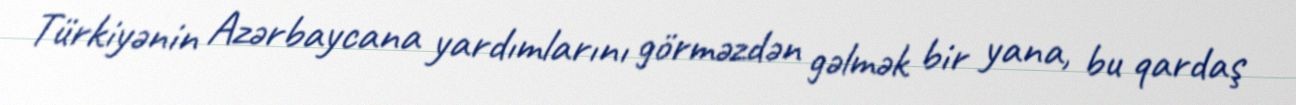
Türkiyənin Azərbaycana yardımlarını görməzdən gəlmək bir yana, bu qardaş